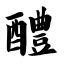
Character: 醴